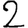
Digit: 2